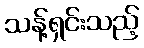
သန့်ရှင်းသည့်